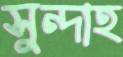
সুন্দাহ